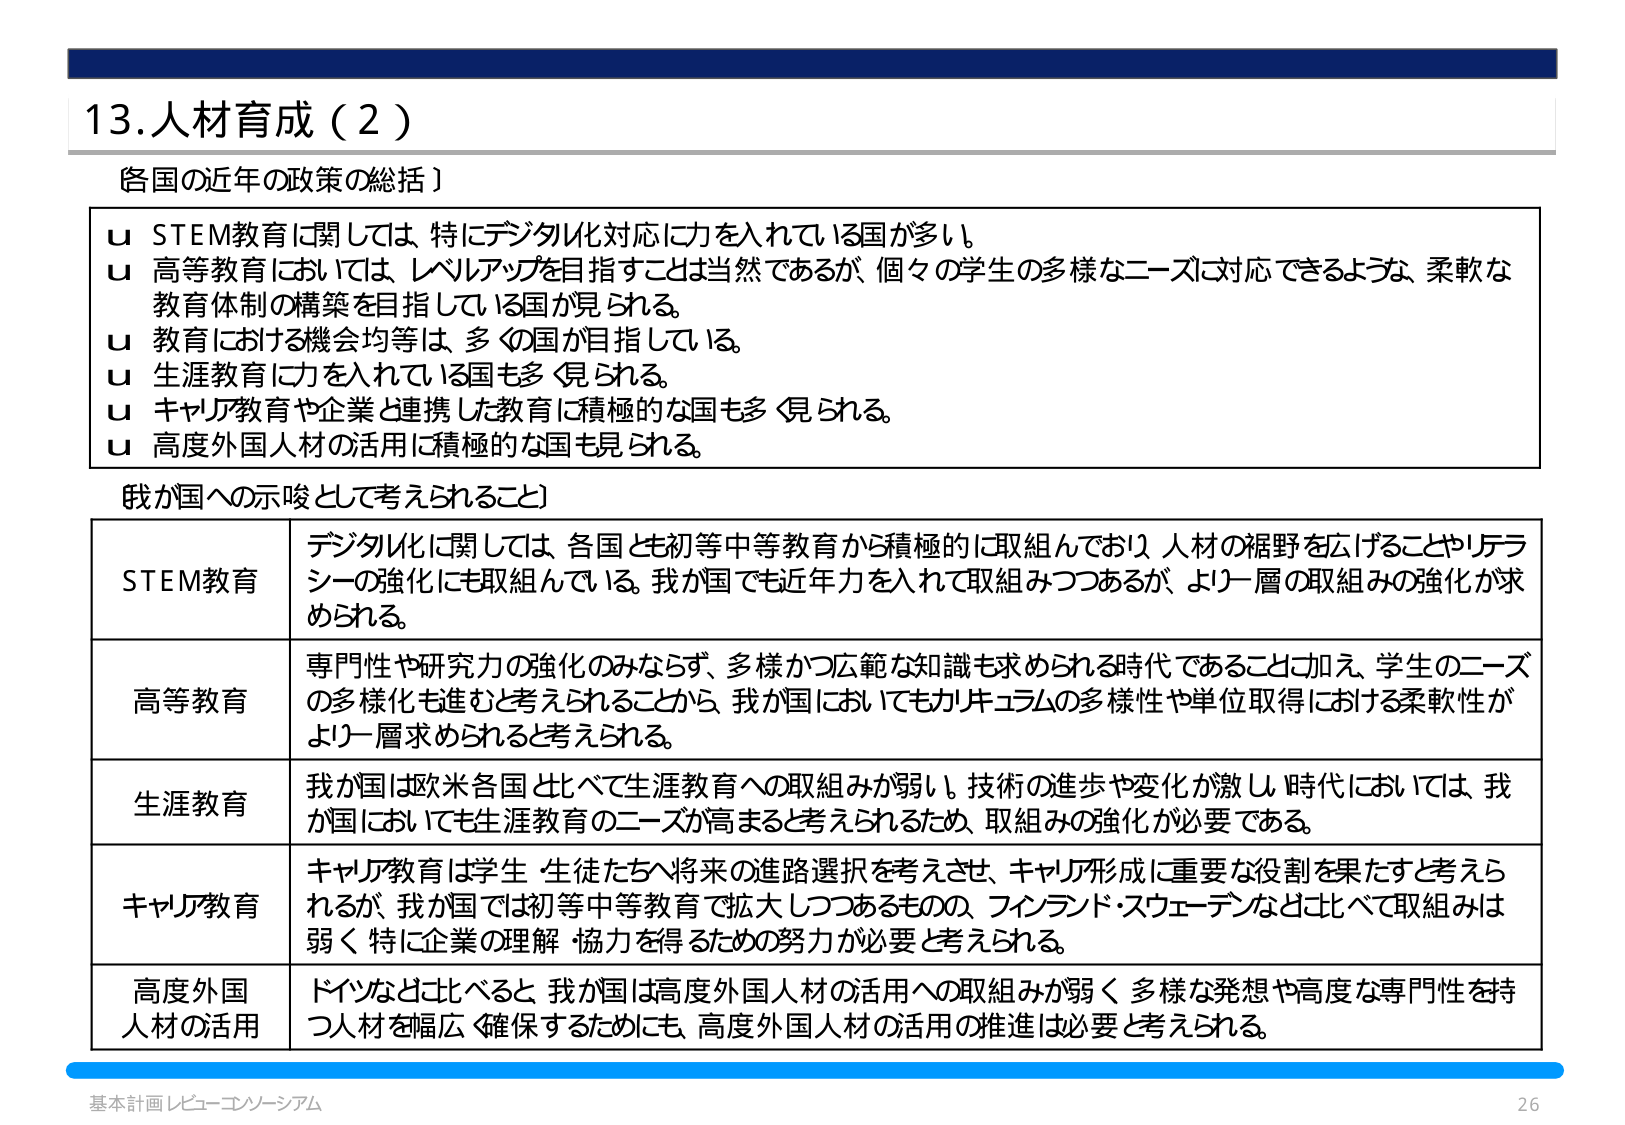
13.人材育成（2）

各国の近年の政策の総括】

u STEM教育に関しては、特にデジタル化対応に力を入れている国が多い。
u 高等教育においては、レベルアップを目指すことは当然であるが、個々の学生の多様なニーズに対応できるよう、柔軟な教育体制の構築を目指している国が見られる。
u 教育における機会均等は、多くの国が目指している。
u 生涯教育に力を入れている国も多々見られる。
u キャリア教育や企業と連携した教育に積極的な国も多々見られる。
u 高度外国人材の活用に積極的な国も見られる。

我が国への示唆として考えられること】

STEM教育 デジタル化に関しては、各国とも初等中等教育から積極的に取組んでおり、人材の裾野を広げることやリテラシーの強化にも取組んでいる。我が国でも近年力を入れて取組みつつあるが、より一層の取組みの強化が求められる。

高等教育 専門性や研究力の強化のみならず、多様かつ広範な知識も求められる時代であること加え、学生のニーズの多様化も進むと考えられることから、我が国においてもカリキュラムの多様性や単位取得における柔軟性がより一層求められると考えられる。

生涯教育 我が国は欧米各国と比べて生涯教育への取組みが弱い。技術の進歩や変化が激しい時代においては、我が国においても生涯教育のニーズが高まると考えられるため、取組みの強化が必要である。

キャリア教育 キャリア教育は学生・生徒たちへ将来の進路選択を考えさせ、キャリア形成に重要な役割を果たすと考えられるが、我が国では初等中等教育で拡大しつつあるものの、フィンランド・スウェーデンなどと比べて取組みは弱く、特に企業の理解・協力を得るための努力が必要と考えられる。

高度外国人材の活用 ドイツなどと比べると、我が国は高度外国人材の活用への取組みが弱く、多様な発想や高度な専門性を持つ人材を幅広く確保するためにも、高度外国人材の活用の推進は必要と考えられる。

基本計画レビュー・コンソーシアム 26